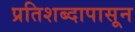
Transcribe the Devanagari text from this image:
प्रतिशब्दापासून